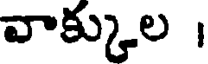
వాక్కుల